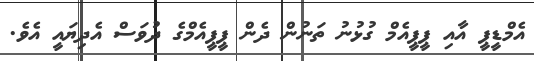
އެމްޑީޕީ އާއި ޕީޕީއެމް ގުޅުނު ތަނުން ދެން ޕީޕީއެމްގެ ދުވަސް އެދިޔައީ އެވެ.